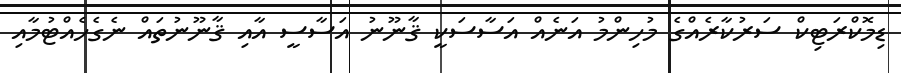
ޑިމޮކްރަޓިކް ސަރުކާރެއްގެ މުހިންމު އަނެއް އަސާސަކީ ޤާނޫނު އަސާސީ އާއި ޤާނޫނުތައް ނެގެހެއްޓުމާއި